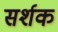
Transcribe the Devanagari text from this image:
सर्शक